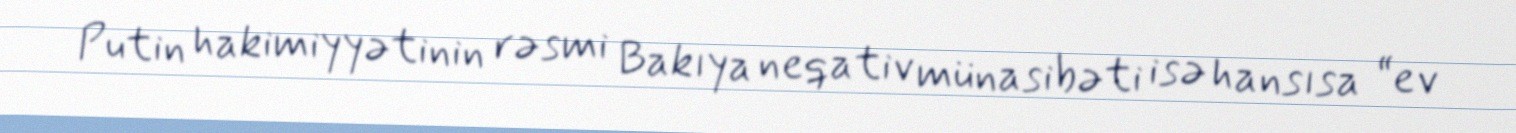
Putin hakimiyyətinin rəsmi Bakıya neqativ münasibəti isə hansısa “ev